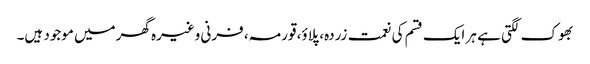
بھوک لگتی ہے ہر ایک قسم کی نعمت زردہ، پلاؤ، قورمہ، فرنی وغیرہ گھرمیں موجود ہیں۔